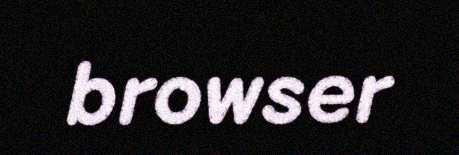
browser